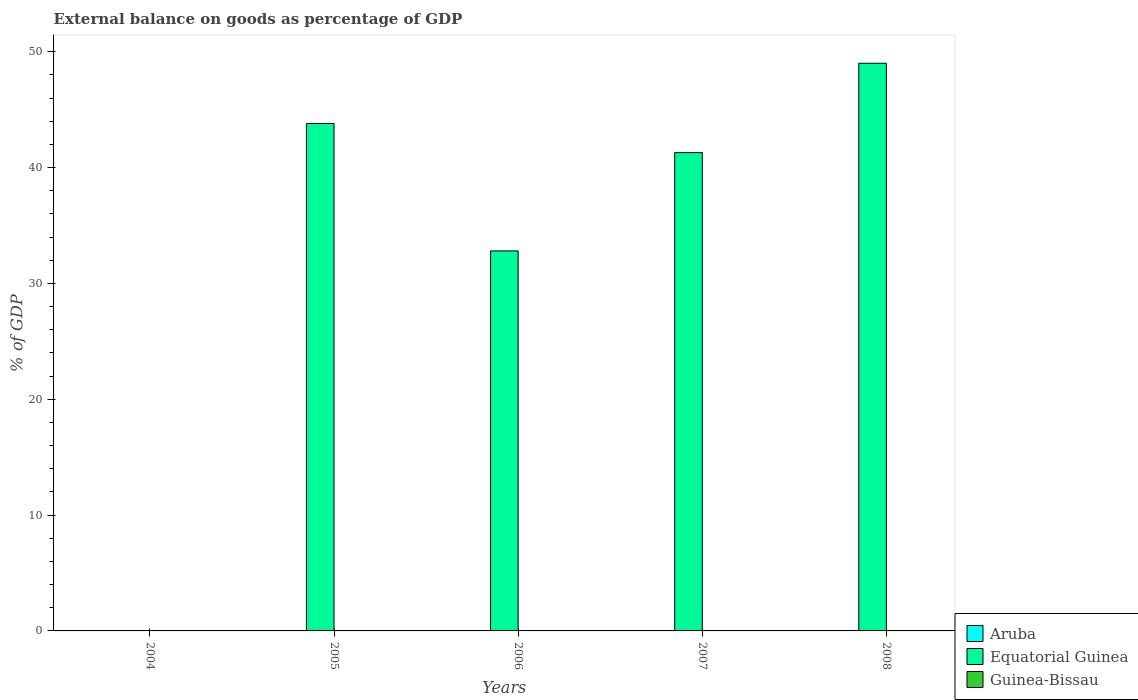
| Years | Aruba | Equatorial Guinea | Guinea-Bissau |
 | --- | --- | --- | --- |
 | 2004 | -3.49 | -24.8 | -7.93 |
 | 2005 | -9.39 | 43.8 | -8.72 |
 | 2006 | -12.5 | 32.8 | -15.5 |
 | 2007 | -10.5 | 41.3 | -13.8 |
 | 2008 | -8.67 | 49 | -13 |